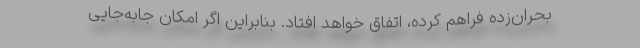
بحران‌زده فراهم کرده، اتفاق خواهد افتاد. بنابراین اگر امکان جابه‌جایی